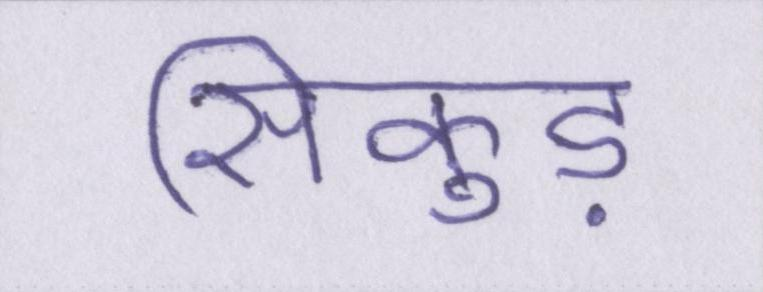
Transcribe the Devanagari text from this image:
सिकुड़